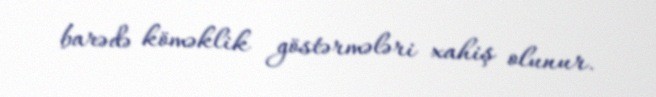
barədə köməklik göstərmələri xahiş olunur.